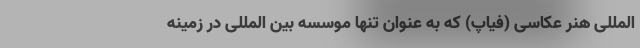
المللی هنر عکاسی (فیاپ) که به عنوان تنها موسسه بین المللی در زمینه